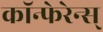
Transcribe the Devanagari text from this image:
कॉन्फेरेन्स्